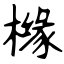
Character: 橼